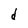
Character: d